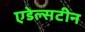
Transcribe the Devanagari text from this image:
एडेल्सटीन